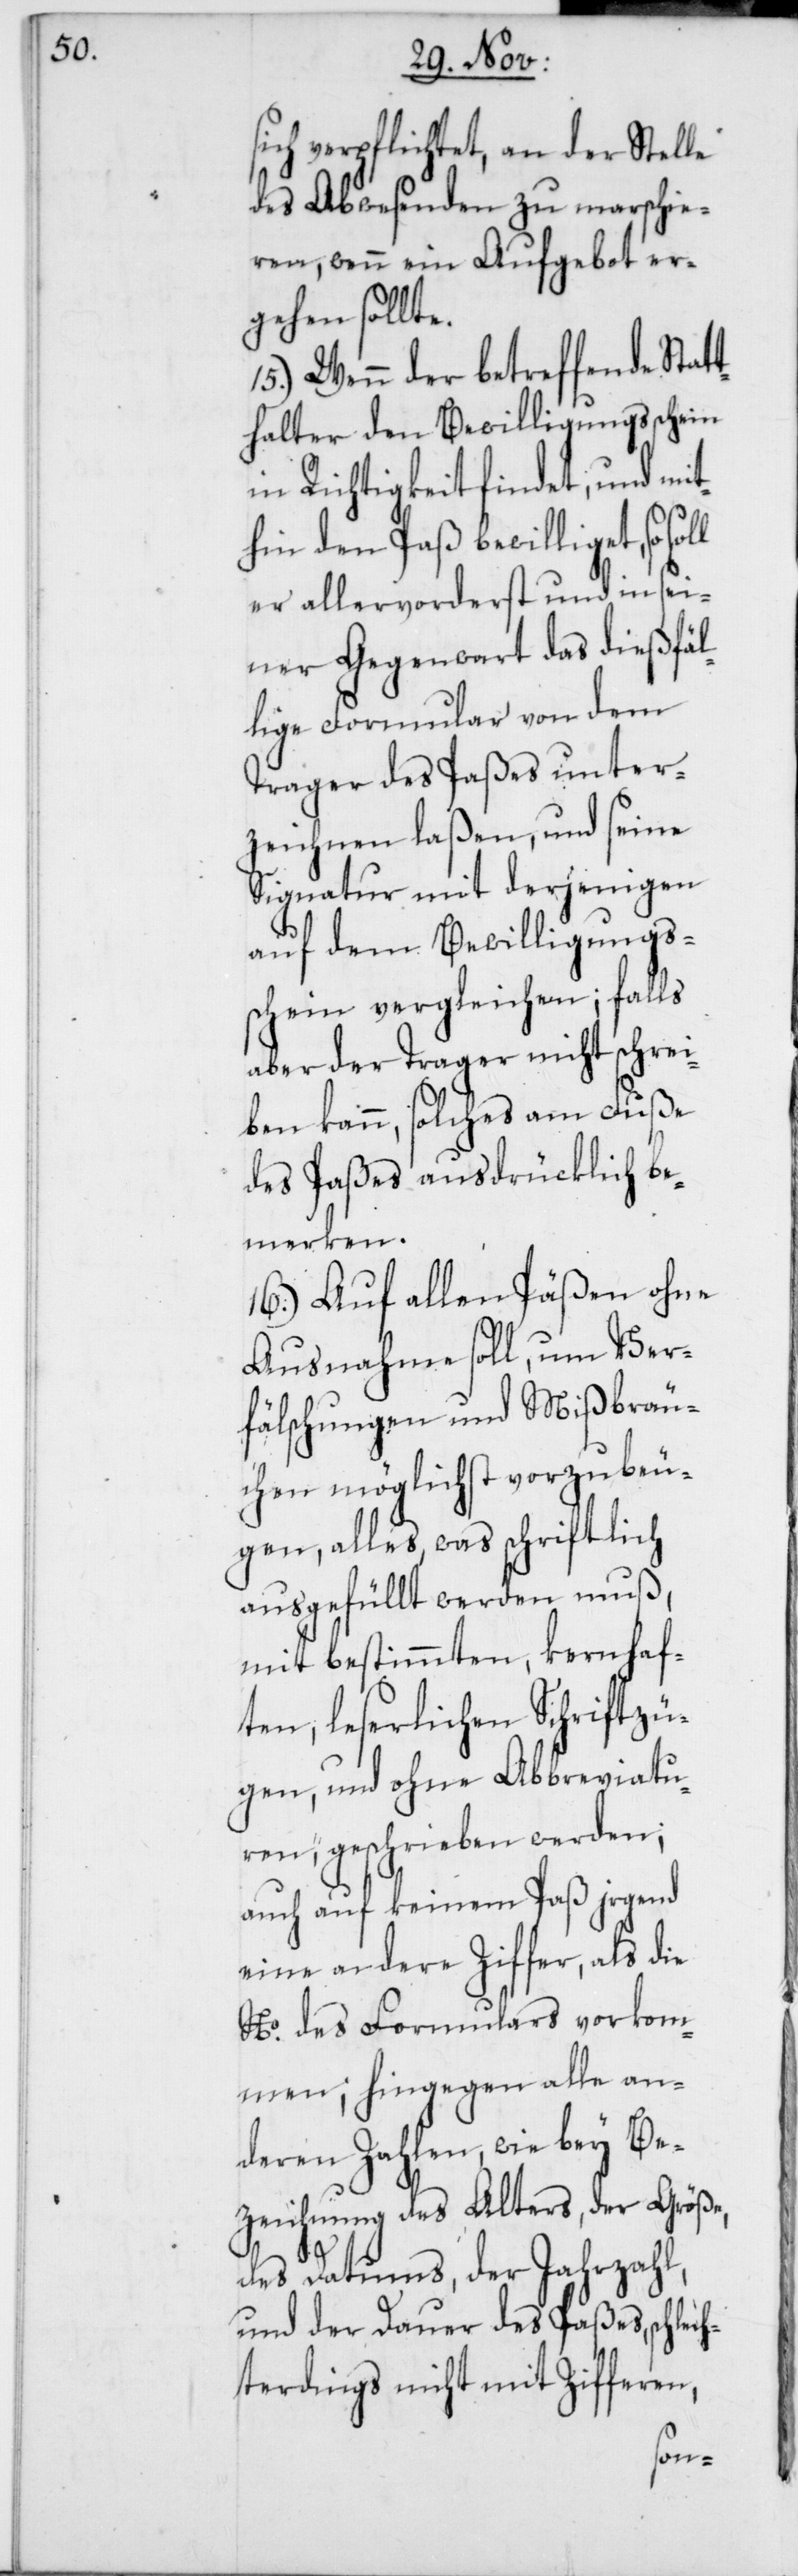
sich verpflichtet, an der Stelle
des Abwesenden zu marschie¬
ren, wenn ein Aufgebot er¬
gehen sollte.
15.) Wenn der betreffende Stat¬
thalter den Bewilligungsschein
in Richtigkeit findet, und mit¬
hin den Paß bewilliget, so
er allervorderst und in sei¬
ner Gegenwart das dießfäl¬
lige Formular von dem
Trager des Paßes unter¬
zeichnen laßen, und seine
Signatur mit derjenigen
auf dem Bewilligungs¬
schein vergleichen; falls
aber der Trager nicht schrei¬
ben kann, solches am Fuße
des Paßes ausdrücklich be¬
merken.
16.) Auf allen Päßen ohne
Ausnahme soll, um Ver¬
fälschungen und Mißbräu¬
chen möglichst vorzubeu¬
gen, alles, was schriftlich
ausgefüllt werden muß,
mit bestimmten, kernhaf¬
ten leserlichen Schriftzü¬
gen, und ohne Abbreviatu¬
ren, geschrieben werden;
auch auf keinem Paß irgend
eine andere Ziffer als die
No. des Formulares vorkom¬
men; hingegen alle an¬
deren Zahlen wie bey Be¬
zeichnung des Alters, der Größe,
des Datums, der Jahrzahl
und der Dauer des Paßes, schlec¬
hterdings nicht mit Zifferen,